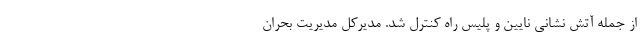
از جمله آتش نشانی نایین و پلیس راه کنترل شد. مدیرکل مدیریت بحران